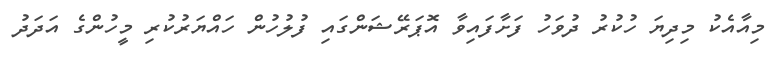
މިއާއެކު މިދިޔަ ހުކުރު ދުވަހު ފަށާފައިވާ އޮޕަރޭޝަންގައި ފުލުހުން ހައްޔަރުކުރި މީހުންގެ އަދަދު